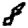
Digit: 8